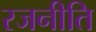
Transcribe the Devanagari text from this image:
रजनीति